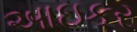
આઇકર